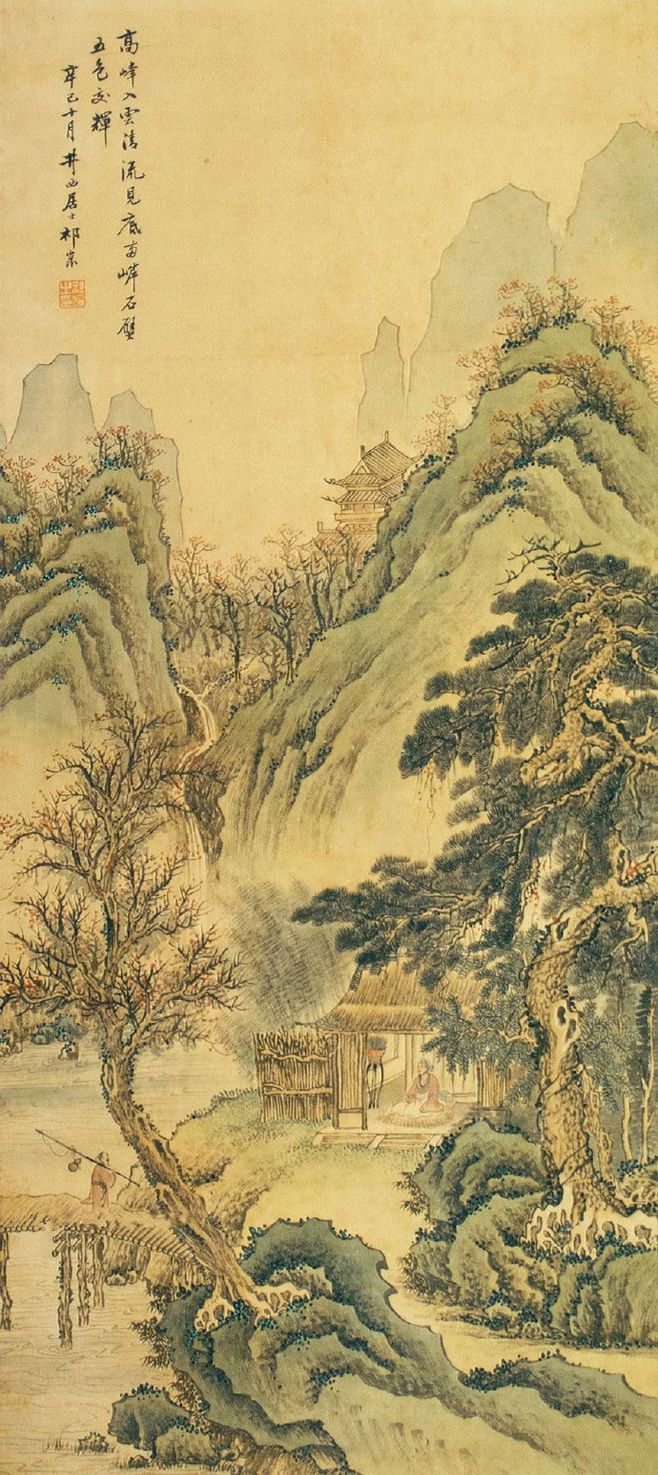
青林翠竹，四时俱备。